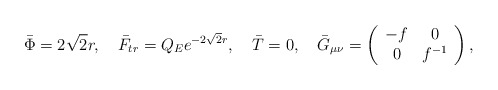
\begin{align*}\bar \Phi = 2 \sqrt 2 r,~~~ \bar F_{tr} = Q_E e^{-2 \sqrt 2 r},~~~ \bar T = 0,{}~~~ \bar G_{\mu\nu} = \left( \begin{array}{cc} - f & 0 \\ 0 & f^{-1} \end{array} \right),\end{align*}